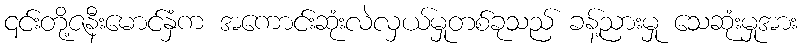
၎င်းတို့ဇနီးမောင်နှံက အကောင်းဆုံးလဲလှယ်မှုတစ်ခုသည် ခန့်ညားမှု သေဆုံးမှုအား